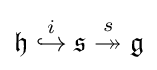
{\mathfrak {h}}\;{\overset {i}{\hookrightarrow }}\;{\mathfrak {s}}\;{\overset {s}{\twoheadrightarrow }}\;{\mathfrak {g}}